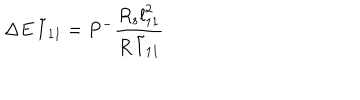
\Delta E \, \tilde { l } _ { 1 1 } = P ^ { - } \frac { R _ { s } { l } _ { 1 1 } ^ { 2 } } { R \, \tilde { l } _ { 1 1 } }